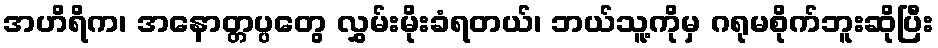
အဟိရိက၊ အနောတ္တပ္ပတွေ လွှမ်းမိုးခံရတယ်၊ ဘယ်သူ့ကိုမှ ဂရုမစိုက်ဘူးဆိုပြီး